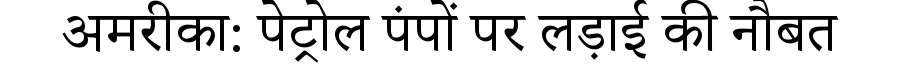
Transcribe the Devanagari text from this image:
अमरीका: पेट्रोल पंपों पर लड़ाई की नौबत